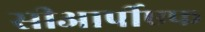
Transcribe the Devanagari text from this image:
सीआर्पीएफ